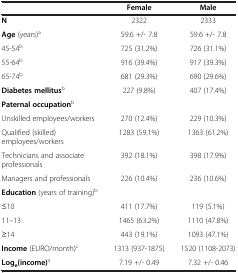
<table><thead><tr><td><b> </b></td><td><b>Female</b></td><td><b>Male</b></td></tr></thead><tbody><tr><td><b>N</b></td><td>2322</td><td>2333</td></tr><tr><td><b>Age</b> (years)<sup>a</sup></td><td>59.6 +/- 7.8</td><td>59.6 +/- 7.8</td></tr><tr><td>45-54<sup>b</sup></td><td>725 (31.2%)</td><td>726 (31.1%)</td></tr><tr><td>55-64<sup>b</sup></td><td>916 (39.4%)</td><td>917 (39.3%)</td></tr><tr><td>65-74<sup>b</sup></td><td>681 (29.3%)</td><td>690 (29.6%)</td></tr><tr><td><b>Diabetes mellitus</b><sup>b</sup></td><td>227 (9.8%)</td><td>407 (17.4%)</td></tr><tr><td><b>Paternal occupation</b><sup>b</sup></td><td> </td><td> </td></tr><tr><td>Unskilled employees/workers</td><td>270 (12.4%)</td><td>229 (10.3%)</td></tr><tr><td>Qualified (skilled) employees/workers</td><td>1283 (59.1%)</td><td>1363 (61.2%)</td></tr><tr><td>Technicians and associate professionals</td><td>392 (18.1%)</td><td>398 (17.9%)</td></tr><tr><td>Managers and professionals</td><td>226 (10.4%)</td><td>236 (10.6%)</td></tr><tr><td><b>Education</b> (years of training)<sup>b</sup></td><td> </td><td> </td></tr><tr><td>≤10</td><td>411 (17.7%)</td><td>119 (5.1%)</td></tr><tr><td>11–13</td><td>1465 (63.2%)</td><td>1110 (47.8%)</td></tr><tr><td>≥14</td><td>443 (19.1%)</td><td>1093 (47.1%)</td></tr><tr><td><b>Income</b> (EURO/month)<sup>c</sup></td><td>1313 (937-1875)</td><td>1520 (1108-2073)</td></tr><tr><td><b>Log</b><sub><b>e</b></sub><b>(income)</b><sup>a</sup></td><td>7.19 +/- 0.49</td><td>7.32 +/- 0.46</td></tr></tbody></table>